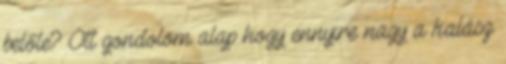
belőle? Ott gondolom alap hogy ennyire nagy a kalász